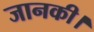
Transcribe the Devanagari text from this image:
जानकी।